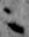
ニ